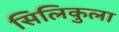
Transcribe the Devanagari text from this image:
सिलिकुला